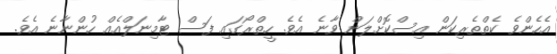
އެހެންވެ ކެތްތެރިކަން އިސްކޮށްލަން ވާނެ އެވެ. ހީތްރޯގައި ފަސް ޓާމިނަލްއެއް ހުންނާނެ އެވެ.